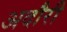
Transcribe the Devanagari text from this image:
अदौरी